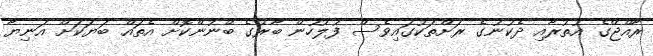
ރާއްޖޭގެ އުތުރާއި ދެކުނުގެ ރަށްތަކުގައިވެސް ފުލުހުން ބާރުގެ ބޭނުންކޮށް އެތައް ބަޔަކަށް އަނިޔާ